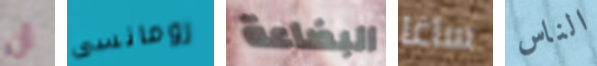
أن رومانسى البضاعة ساغا الناس